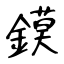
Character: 鏌